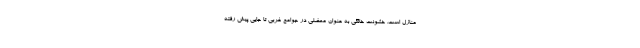
منازل است. خشونت خانگی به عنوان معضلی در جوامع غربی تا جایی پیش رفته